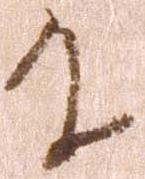
に